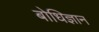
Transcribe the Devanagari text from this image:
बोधिज्ञान